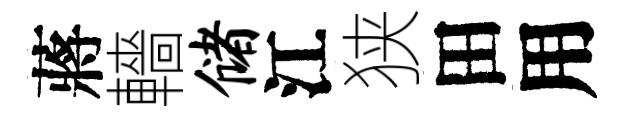
蔣轖储江狭田用